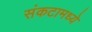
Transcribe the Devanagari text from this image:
संकटामध्ये